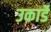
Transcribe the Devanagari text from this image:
उकार्डे